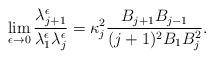
LaTeX: \begin{align*}\lim_{\epsilon\to 0}\frac{\lambda^\epsilon_{j+1}}{\lambda^\epsilon_1\lambda^\epsilon_j}=\kappa_j^2\frac{B_{j+1}B_{j-1}}{(j+1)^2B_1B_j^2}.\end{align*}